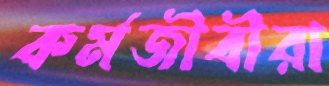
কর্মজীবীরা